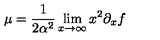
\mu = \frac { 1 } { 2 \alpha ^ { 2 } } \lim _ { x \to \infty } x ^ { 2 } \partial _ { x } f